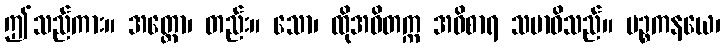
ဤသည်ကား။ အတ္ထော၊ တည်း။ သော၊ ထိုအဝိတက္က အဝိစာရ သမာဓိသည်။ ပဉ္စကနယေ၊